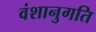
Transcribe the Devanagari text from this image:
वंशानुगति